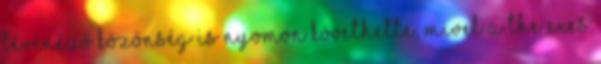
tévénéző közönség is nyomon követhette, mivel a The Exes